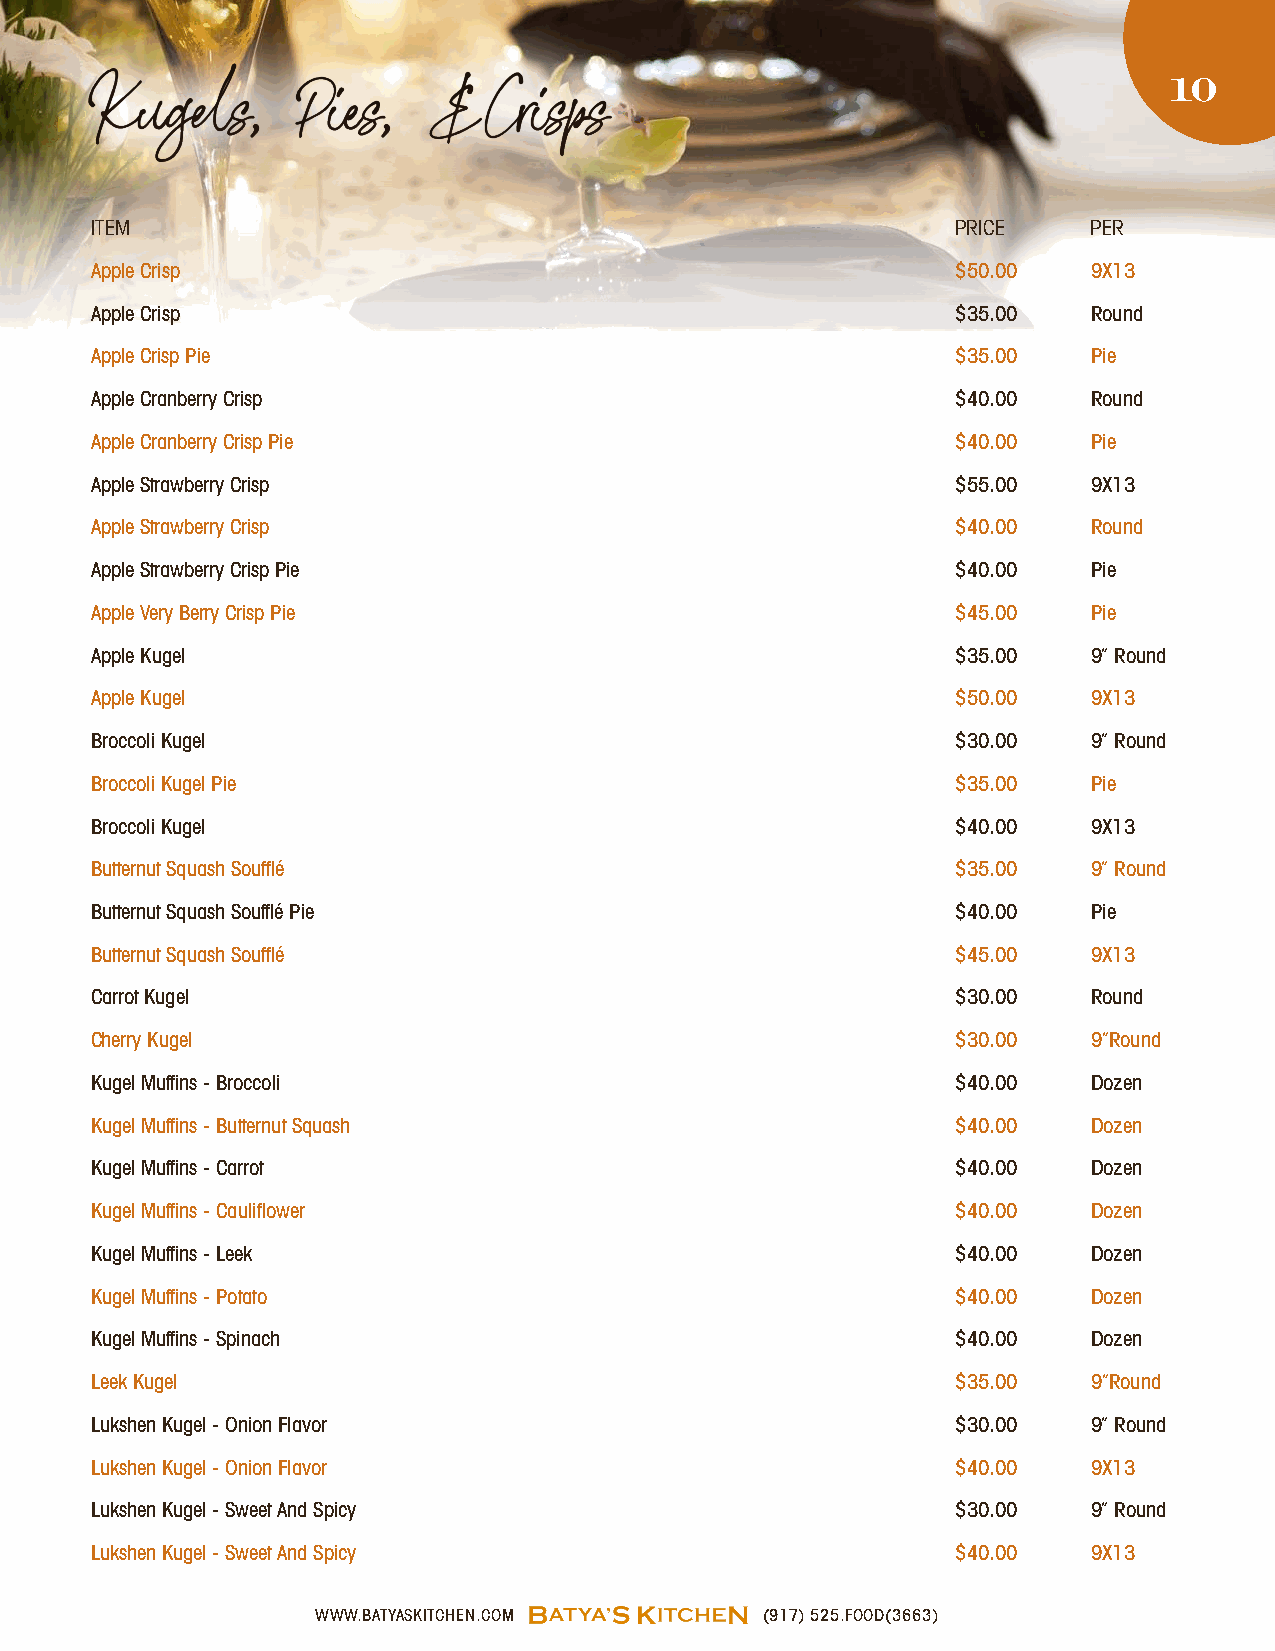
Kugels,       Pies,   &   Crisps                                       10
 ITEM                                                     PRICE    PER
 Apple Crisp                                              $50.00   9X13
 Apple Crisp                                              $35.00   Round
 Apple Crisp Pie                                          $35.00   Pie
 Apple Cranberry Crisp                                    $40.00   Round
 Apple Cranberry Crisp Pie                                $40.00   Pie
 Apple Strawberry Crisp                                   $55.00   9X13
 Apple Strawberry Crisp                                   $40.00   Round
 Apple Strawberry Crisp Pie                               $40.00   Pie
 Apple Very Berry Crisp Pie                               $45.00   Pie
 Apple Kugel                                              $35.00   9” Round
 Apple Kugel                                              $50.00   9X13
 Broccoli Kugel                                           $30.00   9” Round
 Broccoli Kugel Pie                                       $35.00   Pie
 Broccoli Kugel                                           $40.00   9X13
 Butternut Squash Soufflé                                 $35.00   9” Round
 Butternut Squash Soufflé Pie                             $40.00   Pie
 Butternut Squash Soufflé                                 $45.00   9X13
 Carrot Kugel                                             $30.00   Round
 Cherry Kugel                                             $30.00   9”Round
 Kugel Muffins - Broccoli                                 $40.00   Dozen
 Kugel Muffins - Butternut Squash                         $40.00   Dozen
 Kugel Muffins - Carrot                                   $40.00   Dozen
 Kugel Muffins - Cauliflower                              $40.00   Dozen
 Kugel Muffins - Leek                                     $40.00   Dozen
 Kugel Muffins - Potato                                   $40.00   Dozen
 Kugel Muffins - Spinach                                  $40.00   Dozen
 Leek Kugel                                               $35.00   9”Round
 Lukshen Kugel - Onion Flavor                             $30.00   9” Round
 Lukshen Kugel - Onion Flavor                             $40.00   9X13
 Lukshen Kugel - Sweet And Spicy                          $30.00   9” Round
 Lukshen Kugel - Sweet And Spicy                          $40.00   9X13
 WWW.BATYASKITCHEN.COM         (917) 525.FOOD(3663)